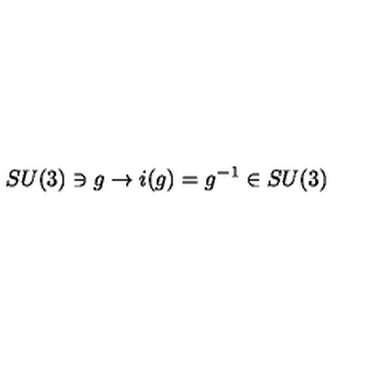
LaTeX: S U ( 3 ) \ni g \rightarrow i ( g ) = g ^ { - 1 } \in S U ( 3 )